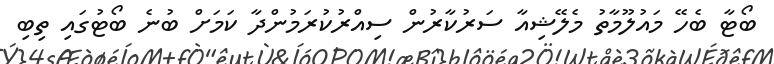
ބޯޓާ ބެހޭ މައުލޫމާތު މެލޭޝިއާ ސަރުކާރުން ސިއްރުކުރަމުންދާ ކަމަށް ބުނެ ބޯޓުގައި ތިބި